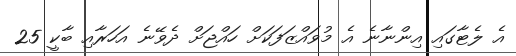
އެ ލެޓާގައި އިންނާނެ އެ މުވައްޒަފަކަށް ހައްޖަށް ދެވޭނެ އަހަރާއި ބާކީ 25